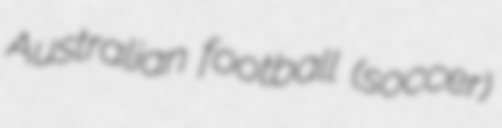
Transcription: Australian football (soccer)